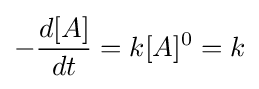
-{d[A] \over dt}=k[A]^{0}=k